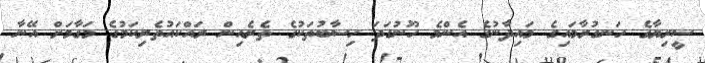
ސީރިޔާގެ ހަނގުރާމައިގެ މައިދާނުގެ އެންމެ ހޫނުގަދަ ހިސާބުތަކުގެ ތެރެއިން ރައްކައުތެރިކަމުގެ މަގާމަށް އޭނާ